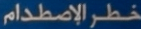
خطرالاصطدام